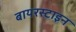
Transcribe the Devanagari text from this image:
बायरस्टाइन